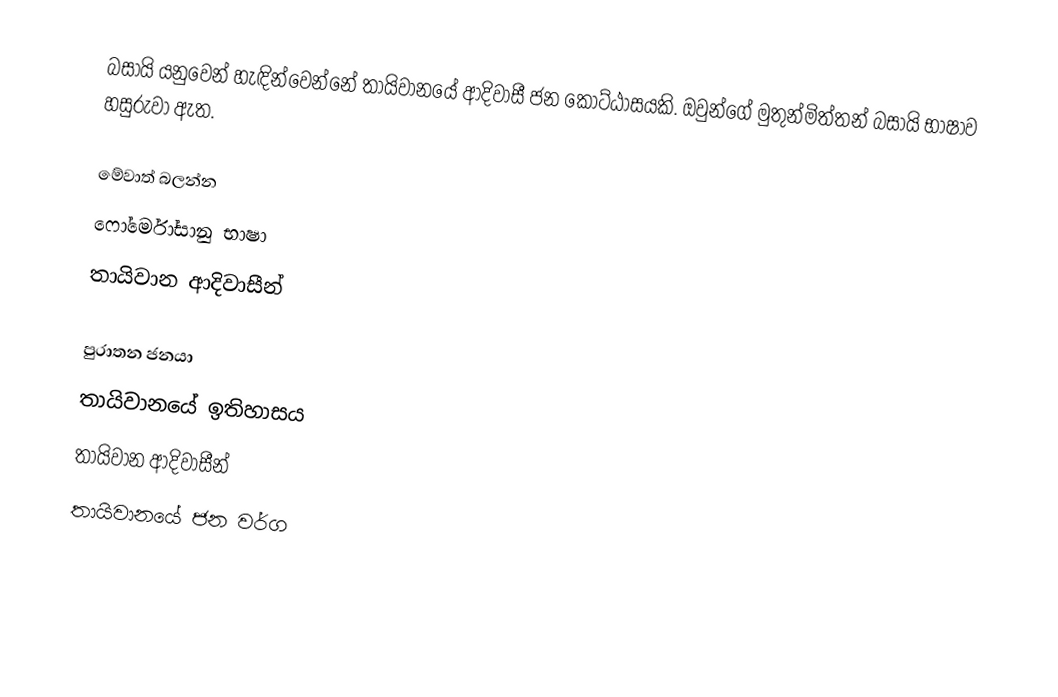
බසායි යනුවෙන් හැඳින්වෙන්නේ තායිවානයේ ආදිවාසී ජන කොට්ඨාසයකි. ඔවුන්ගේ මුතුන්මිත්තන් බසායි භාෂාව හසුරුවා ඇත.

මේවාත් බලන්න
ෆෝර්මෝසානු භාෂා
තායිවාන ආදිවාසීන්

පුරාතන ජනයා
තායිවානයේ ඉතිහාසය
තායිවාන ආදිවාසීන්
තායිවානයේ ජන වර්ග